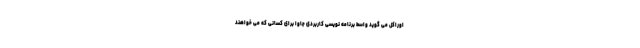
اوراکل می گوید واسط برنامه نویسی کاربردی جاوا برای کسانی که می خواهند